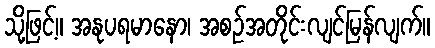
သို့ဖြင့်။ အနုပရမာနော၊ အစဉ်အတိုင်းလျင်မြန်လျက်။